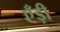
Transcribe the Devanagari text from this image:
एँड़ी